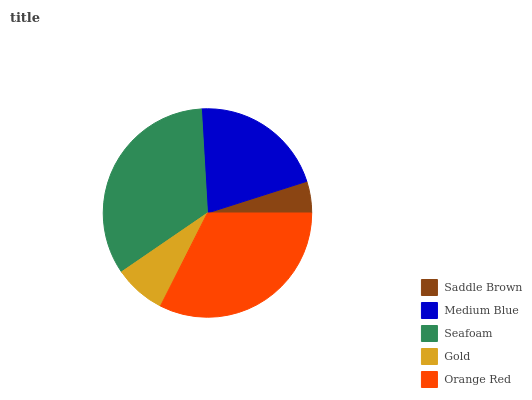
| Saddle Brown | Medium Blue | Seafoam | Gold | Orange Red |
 | --- | --- | --- | --- | --- |
 | 4.9% | 21% | 33.6% | 8.01% | 32.5% |